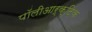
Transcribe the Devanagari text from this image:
पॉलीआर्क्टिक